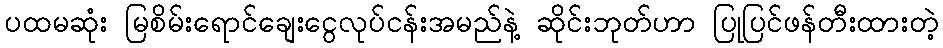
ပထမဆုံး မြစိမ်းရောင်ချေးငွေလုပ်ငန်းအမည်နဲ့ ဆိုင်းဘုတ်ဟာ ပြုပြင်ဖန်တီးထားတဲ့